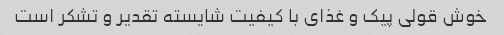
خوش قولی پیک و غذای با کیفیت شایسته تقدیر و تشکر است